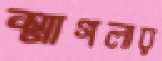
স্মাগলার